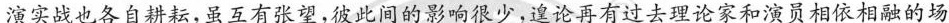
演实战也各自耕耘，虽互有张望，彼此间的影响很少，遑论再有过去理论家和演员相依相融的场